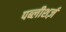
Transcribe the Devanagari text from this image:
पब्लीशर्ज़